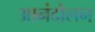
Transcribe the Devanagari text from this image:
आनंदोलन